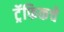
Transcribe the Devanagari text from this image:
ट्रॅफिकचे